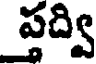
ప్తద్వి